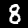
Digit: 8